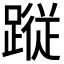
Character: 𮜀